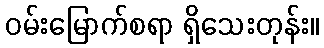
ဝမ်းမြောက်စရာ ရှိသေးတုန်း။